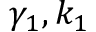
\gamma _ { 1 } , k _ { 1 }